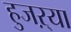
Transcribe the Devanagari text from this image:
हुजऱ्या